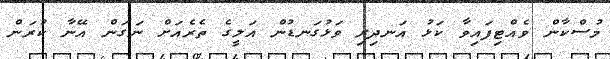
މުސްކާން ވެއްޓިފައިވާ ކަޅު އަނދިރި ވަޅުގަނޑުން އަލީގެ ތެރެއަށް ނަގަން އޭނާ ކުރަން